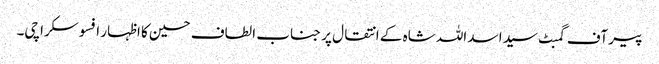
پیر آف گمبٹ سید اسد اللہ شاہ کے انتقال پر جناب الطاف حسین کا اظہار افسوسکراچی۔